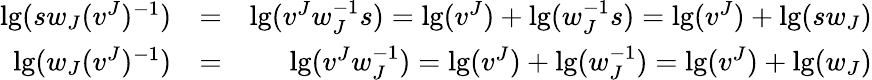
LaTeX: \begin{array}{rlr}{\lg(sw_{J}(v^{J})^{-1})}&{=}&{\lg(v^{J}w_{J}^{-1}s)=\lg(v^{J})+\lg(w_{J}^{-1}s)=\lg(v^{J})+\lg(sw_{J})}\\ {\lg(w_{J}(v^{J})^{-1})}&{=}&{\lg(v^{J}w_{J}^{-1})=\lg(v^{J})+\lg(w_{J}^{-1})=\lg(v^{J})+\lg(w_{J})}\end{array}